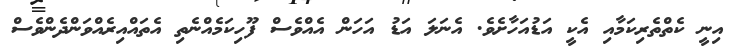
އިނީ ކެތްތެރިކަމާއި އެކީ އަޑުއަހާށެވެ. އެނަލަ އަޑު އަހަން އެއްވެސް ފޫހިކަމެއްނެތި އެތައްއިރެއްވަންދެންވެސް